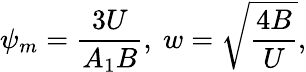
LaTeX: \psi_{m}=\frac{3U}{A_{1}B},~w=\sqrt{\frac{4B}{U}},